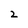
Character: 2